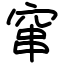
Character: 窜